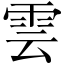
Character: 雲